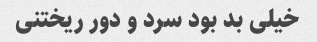
خیلی بد بود سرد و دور ریختنی